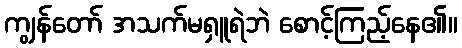
ကျွန်တော် အသက်မရှူရဲဘဲ စောင့်ကြည့်နေ၏။